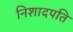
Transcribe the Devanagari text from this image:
निशादपति